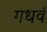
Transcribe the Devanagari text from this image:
गधर्व